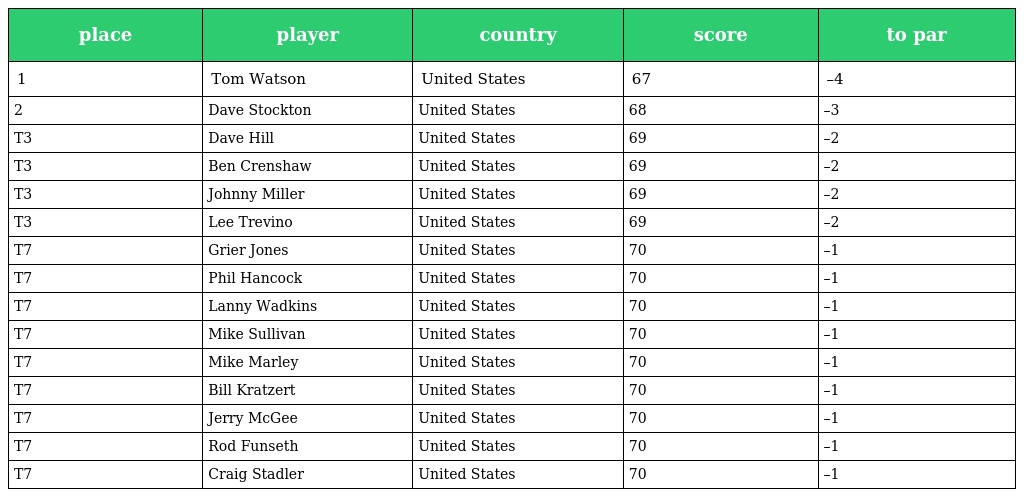
| place | player | country | score | to par |
 | --- | --- | --- | --- | --- |
 | 1 | Tom Watson | United States | 67 | –4 |
 | 2 | Dave Stockton | United States | 68 | –3 |
 | T3 | Dave Hill | United States | 69 | –2 |
 | T3 | Ben Crenshaw | United States | 69 | –2 |
 | T3 | Johnny Miller | United States | 69 | –2 |
 | T3 | Lee Trevino | United States | 69 | –2 |
 | T7 | Grier Jones | United States | 70 | –1 |
 | T7 | Phil Hancock | United States | 70 | –1 |
 | T7 | Lanny Wadkins | United States | 70 | –1 |
 | T7 | Mike Sullivan | United States | 70 | –1 |
 | T7 | Mike Marley | United States | 70 | –1 |
 | T7 | Bill Kratzert | United States | 70 | –1 |
 | T7 | Jerry McGee | United States | 70 | –1 |
 | T7 | Rod Funseth | United States | 70 | –1 |
 | T7 | Craig Stadler | United States | 70 | –1 |